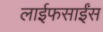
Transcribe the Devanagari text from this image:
लाईफसाईंस